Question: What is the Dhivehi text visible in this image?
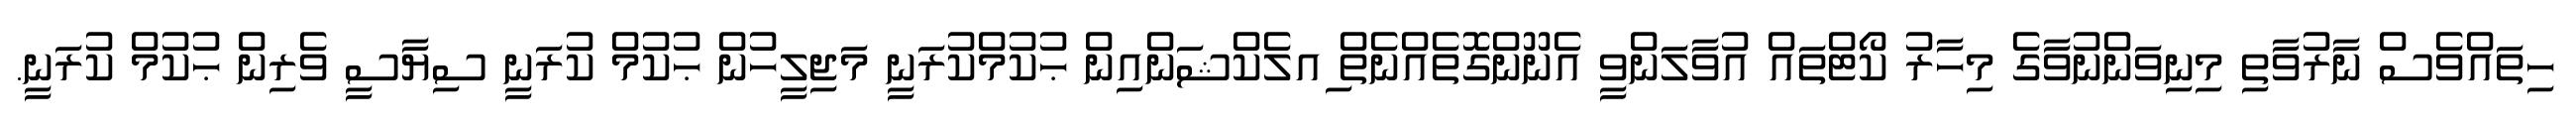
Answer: ހިތައްވެސް ނާރުވާތި މިނިވަންނުވާގެ މިހާރު ކޯޓްތައް އުވާލަންވީ އެނޫންގޮތެއްނެތް ިއލެކްޝަންއިން ޙުކުމްކުރަނީ މަޖިލީހުން ޙުކުމް ކުރަނީ ސިޔާސީ ވެރިން ޙުކުމް ކުރަނީ.